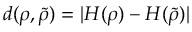
d ( \rho , \tilde { \rho } ) = | H ( \rho ) - H ( \tilde { \rho } ) |